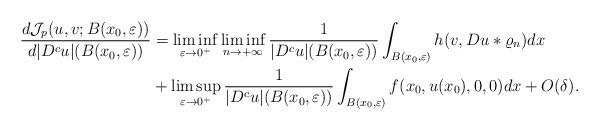
LaTeX: \begin{align*}\frac{d {\cal J}_p(u,v;B(x_0,\varepsilon))}{ d |D^c u|(B(x_0,\varepsilon))} &= \liminf_{\varepsilon \to 0^+}\liminf_{n\to +\infty}\frac{1}{|D^cu|(B(x_0,\varepsilon))} \int_{B(x_0,\varepsilon)} h(v, Du\ast \varrho_n)dx\\&+\limsup_{\varepsilon \to 0^+}\frac{1}{|D^cu|(B(x_0,\varepsilon))} \int_{B(x_0,\varepsilon)} f(x_0, u(x_0),0,0)dx + O(\delta). \end{align*}